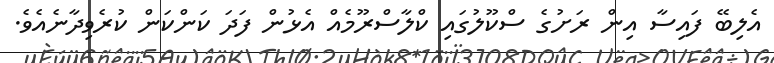
އެލިބޭ ފައިސާ އިން ރަށުގެ ސްކޫލުގައި ކްލާސްރޫމެއް އެޅުން ފަދަ ކަންކަން ކުރެވިދާނެއެވެ.